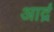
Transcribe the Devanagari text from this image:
आर्द्र